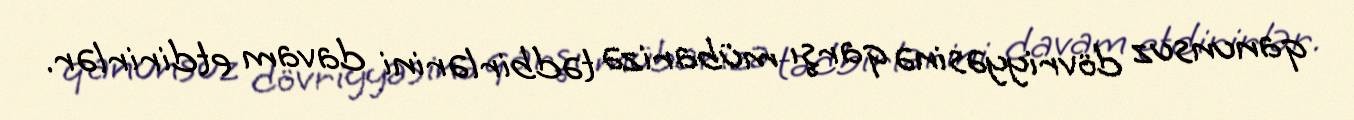
qanunsuz dövriyyəsinə qarşı mübarizə tədbirlərini davam etdirirlər.